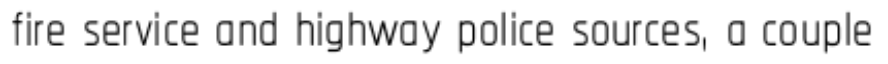
fire service and highway police sources, a couple